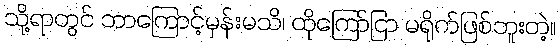
သို့ရာတွင် ဘာကြောင့်မှန်းမသိ၊ ထိုကြော်ငြာ မရိုက်ဖြစ်ဘူးတဲ့။